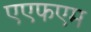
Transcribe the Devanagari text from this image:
एएफएम